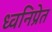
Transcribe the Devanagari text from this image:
ध्वनिप्रेत